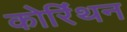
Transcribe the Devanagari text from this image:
कोरिंथन